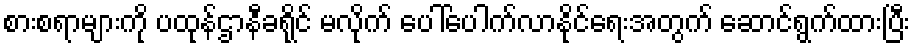
စားစရာများကို ပထုန်ဌာနီခရိုင် မလိုက် ပေါ်ပေါက်လာနိုင်ရေးအတွက် ဆောင်ရွက်ထားပြီး